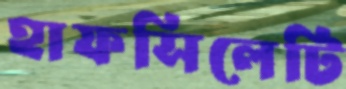
হাফসিলেটি